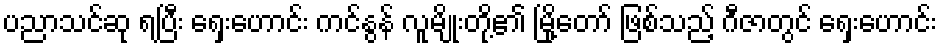
ပညာသင်ဆု ရပြီး ရှေးဟောင်း ကင်နွန် လူမျိုးတို့၏ မြို့တော် ဖြစ်သည့် ဂီဇာတွင် ရှေးဟောင်း